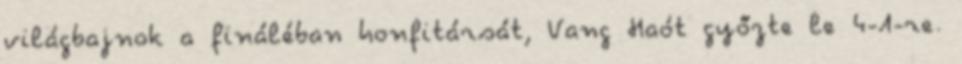
világbajnok a fináléban honfitársát, Vang Haót győzte le 4-1-re.